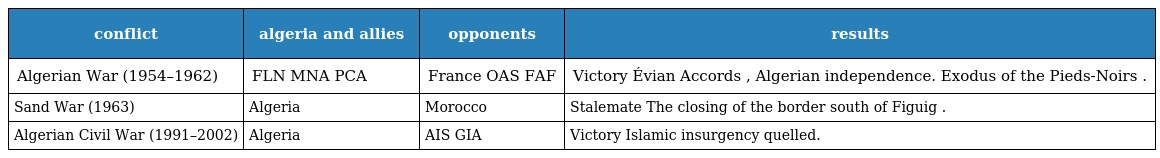
| conflict | algeria and allies | opponents | results |
 | --- | --- | --- | --- |
 | Algerian War (1954–1962) | FLN MNA PCA | France OAS FAF | Victory Évian Accords , Algerian independence. Exodus of the Pieds-Noirs . |
 | Sand War (1963) | Algeria | Morocco | Stalemate The closing of the border south of Figuig . |
 | Algerian Civil War (1991–2002) | Algeria | AIS GIA | Victory Islamic insurgency quelled. |